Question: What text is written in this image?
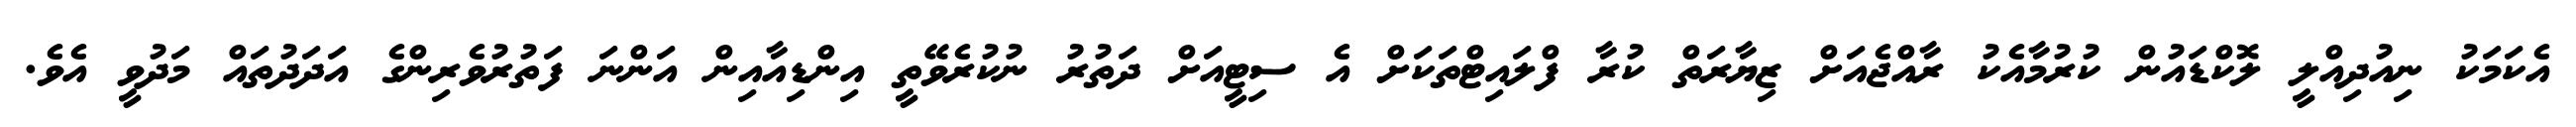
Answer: އެކަމަކު ނިއުދިއްލީ ލޮކްޑައުން ކުރުމާއެކު ރާއްޖެއަށް ޒިޔާރަތް ކުރާ ފްލައިޓްތަކަށް އެ ސިޓީއަށް ދަތުރު ނުކުރެވޭތީ އިންޑިއާއިން އަންނަ ފަތުރުވެރިންގެ އަދަދުތައް މަދުވީ އެވެ.